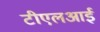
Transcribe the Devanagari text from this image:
टीएलआई